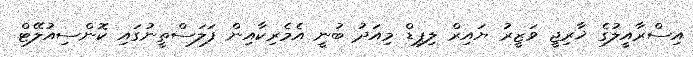
އިސްރާއީލުގެ ޚާރިޖީ ވަޒީރު ޔައިރް ލިޕިޑް މިއަދު ބުނީ އެމެރިކާއިން ފަލަސްތީނުގައި ކޮންސިއުލޭޓް